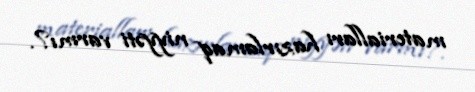
materialları hazırlamaq niyyəti varmı?.